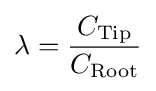
\lambda ={\frac {C_{\rm {Tip}}}{C_{\rm {Root}}}}